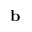
\mathbf { b }